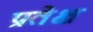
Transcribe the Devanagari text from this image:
प्रतेक्ष